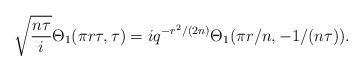
LaTeX: \begin{align*}\sqrt{\frac{n\tau}{i}}\Theta_1(\pi r \tau,\tau)=iq^{-r^2/(2n)}\Theta_1 (\pi r/n,-1/(n\tau)).\end{align*}